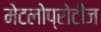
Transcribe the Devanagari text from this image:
मेटलोप्रोटीज